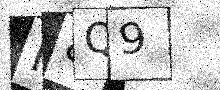
Text: M8Q9